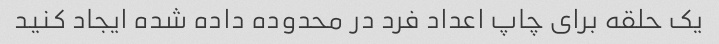
یک حلقه برای چاپ اعداد فرد در محدوده داده شده ایجاد کنید